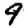
Digit: 9